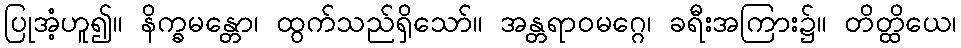
ပြုအံ့ဟူ၍။ နိက္ခမန္တော၊ ထွက်သည်ရှိသော်။ အန္တရာဝမဂ္ဂေ၊ ခရီးအကြား၌။ တိတ္ထိယေ၊